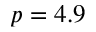
p = 4 . 9